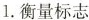
1.衡量标志